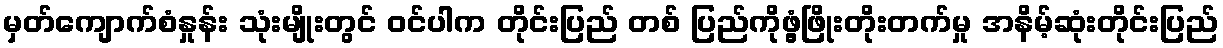
မှတ်ကျောက်စံနှုန်း သုံးမျိုးတွင် ဝင်ပါက တိုင်းပြည် တစ် ပြည်ကိုဖွံ့ဖြိုးတိုးတက်မှု အနိမ့်ဆုံးတိုင်းပြည်